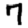
Digit: 7